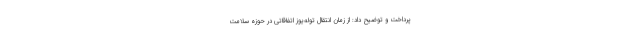
پرداخت و توضیح داد: از زمان انتقال توله‌یوز اتفاقاتی در حوزه سلامت